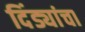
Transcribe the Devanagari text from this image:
दिंड्यांचा